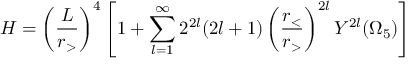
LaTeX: H = \left( \frac { L } { r _ { > } } \right) ^ { 4 } \left[ 1 + \sum _ { l = 1 } ^ { \infty } 2 ^ { 2 l } ( 2 l + 1 ) \left( \frac { r _ { < } } { r _ { > } } \right) ^ { 2 l } Y ^ { 2 l } ( \Omega _ { 5 } ) \right]